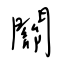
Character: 關